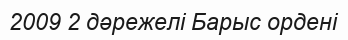
2009 2 дәрежелі Барыс ордені